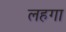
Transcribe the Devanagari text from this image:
लहगा